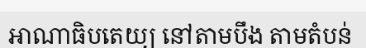
អាណាធិបតេយ្យ នៅតាមបឹង តាមតំបន់